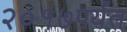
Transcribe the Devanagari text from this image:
२०१७पर्यंत